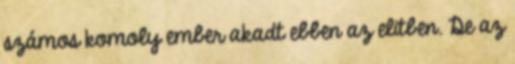
számos komoly ember akadt ebben az elitben. De az